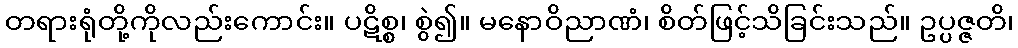
တရားရုံတို့ကိုလည်းကောင်း။ ပဋိစ္စ၊ စွဲ၍။ မနောဝိညာဏံ၊ စိတ်ဖြင့်သိခြင်းသည်။ ဥပ္ပဇ္ဇတိ၊